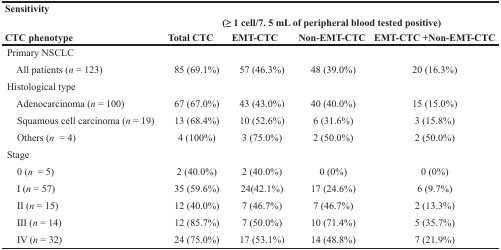
<table><thead><tr><td colspan="5"><b>Sensitivity</b></td></tr><tr><td></td><td colspan="4"><b>(≥ 1 cell/7. 5 mL of peripheral blood tested positive)</b></td></tr><tr><td><b>CTC phenotype</b></td><td><b>Total CTC</b></td><td><b>EMT-CTC</b></td><td><b>Non-EMT-CTC</b></td><td><b>EMT-CTC +Non-EMT-CTC</b></td></tr></thead><tbody><tr><td>Primary NSCLC</td><td></td><td></td><td></td><td></td></tr><tr><td> All patients (<i>n</i> = 123)</td><td>85 (69.1%)</td><td>57 (46.3%)</td><td>48 (39.0%)</td><td>20 (16.3%)</td></tr><tr><td>Histological type</td><td></td><td></td><td></td><td></td></tr><tr><td> Adenocarcinoma (<i>n</i> = 100)</td><td>67 (67.0%)</td><td>43 (43.0%)</td><td>40 (40.0%)</td><td>15 (15.0%)</td></tr><tr><td> Squamous cell carcinoma (<i>n</i> = 19)</td><td>13 (68.4%)</td><td>10 (52.6%)</td><td>6 (31.6%)</td><td>3 (15.8%)</td></tr><tr><td> Others (<i>n</i> = 4)</td><td>4 (100%)</td><td>3 (75.0%)</td><td>2 (50.0%)</td><td>2 (50.0%)</td></tr><tr><td>Stage</td><td></td><td></td><td></td><td></td></tr><tr><td> 0 (<i>n</i> = 5)</td><td>2 (40.0%)</td><td>2 (40.0%)</td><td>0 (0%)</td><td>0 (0%)</td></tr><tr><td> I (<i>n</i> = 57)</td><td>35 (59.6%)</td><td>24(42.1%)</td><td>17 (24.6%)</td><td>6 (9.7%)</td></tr><tr><td> II (<i>n</i> = 15)</td><td>12 (40.0%)</td><td>7 (46.7%)</td><td>7 (46.7%)</td><td>2 (13.3%)</td></tr><tr><td> III (<i>n</i> = 14)</td><td>12 (85.7%)</td><td>7 (50.0%)</td><td>10 (71.4%)</td><td>5 (35.7%)</td></tr><tr><td> IV (<i>n</i> = 32)</td><td>24 (75.0%)</td><td>17 (53.1%)</td><td>14 (48.8%)</td><td>7 (21.9%)</td></tr></tbody></table>